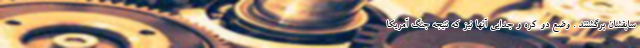
سابقشان برگشتند . وضع دو کره و جدایی آنها نیز که نتیجه جنگ آمریکا